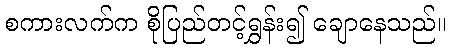
စကားလက်က စိုပြည်တင့်ရွှန်း၍ ချောနေသည်။